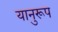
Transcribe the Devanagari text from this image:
यानुरूप